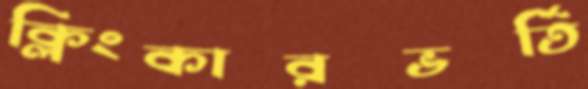
ক্লিংকারভর্তি